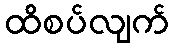
ထိစပ်လျက်